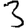
Digit: 3